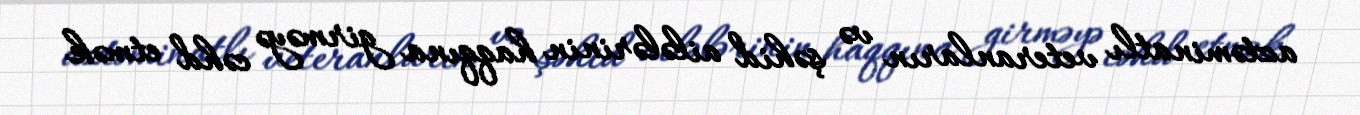
aztəminatlı veteranların və şəhid ailələrinin haqqına girməyə cəhd etmək